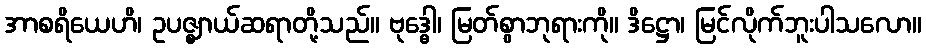
အာစရိယေဟိ၊ ဥပဇ္ဈာယ်ဆရာတို့သည်။ ဗုဒ္ဓေါ၊ မြတ်စွာဘုရားကို။ ဒိဋ္ဌော၊ မြင်လိုက်ဘူးပါသလော။